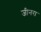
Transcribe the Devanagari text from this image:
जीनरा